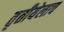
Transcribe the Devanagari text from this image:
तृतीयेलाच